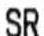
SR